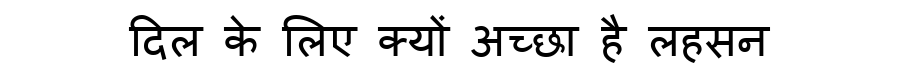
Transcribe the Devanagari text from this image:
दिल के लिए क्यों अच्छा है लहसन